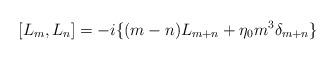
LaTeX: \begin{align*}[L_{m},L_{n}]= -i \{ (m-n)L_{m+n}+\eta_0 m^3 \delta_{m+n} \}\end{align*}